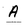
Character: A